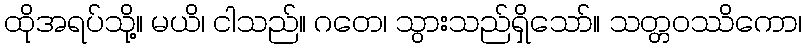
ထိုအရပ်သို့။ မယိ၊ ငါသည်။ ဂတေ၊ သွားသည်ရှိသော်။ သတ္တဝဿိကော၊